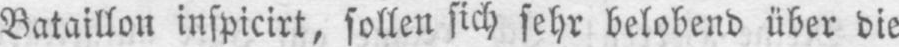
Bataillon inspicirt, sollen sich sehr belobend über die